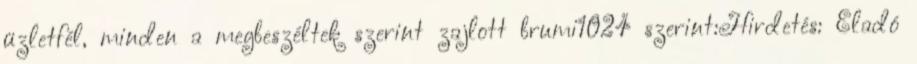
üzletfél, minden a megbeszéltek szerint zajlott brumi1024 szerint:Hirdetés: Eladó